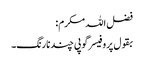
فضل اللہ مکرم:
بقول پروفیسر گوپی چند نارنگ۔